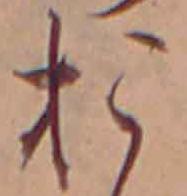
お